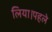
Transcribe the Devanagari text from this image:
लिया।पहले